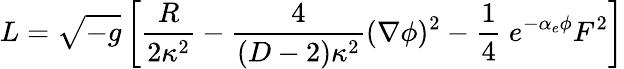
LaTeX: L={\sqrt{-g}}\left[{\frac{R}{2\kappa^{2}}}-{\frac{4}{(D-2)\kappa^{2}}}(\nabla\phi)^{2}-{\frac{1}{4}}\ e^{-\alpha_{e}\phi}F^{2}\right]